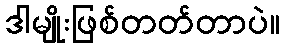
ဒါမျိုးဖြစ်တတ်တာပဲ။